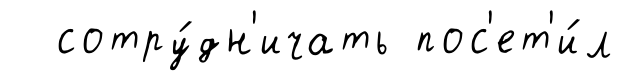
сотру́дн'ичать пос'ет'и́л